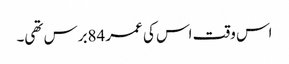
اس وقت اس کی عمر 84برس تھی۔